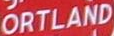
ORTLAND